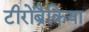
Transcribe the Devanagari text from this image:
टीरोब्रैकिया